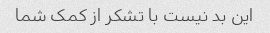
این بد نیست با تشکر از کمک شما